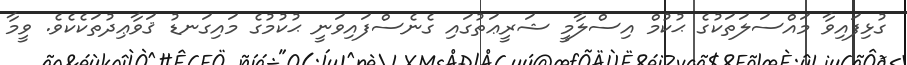
ގުޅިފައިވާ މައްސަލަތަކުގެ ޙުކުމް އިސްލާމީ ޝަރީޢަތުގައި ގެނެސްފައިވަނީ ޙުކުމުގެ މައިގަނޑު ޤަވާޢިދުތަކެކެވެ. ވީމާ